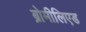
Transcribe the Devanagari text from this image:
ब्रोमीलिएड